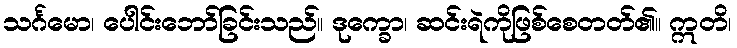
သင်္ဂမော၊ ပေါင်းဘော်ခြင်းသည်။ ဒုက္ခော၊ ဆင်းရဲကိုဖြစ်စေတတ်၏။ ဣတိ၊